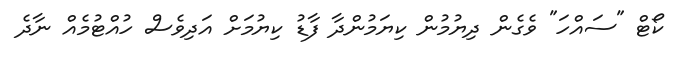
ކޯޓް "ސައްހަ" ވެގެން ދިޔުމުން ކިޔަމުންދާ ފާޑު ކިޔުމަށް އަދިވެސް ހުއްޓުމެއް ނާދެ